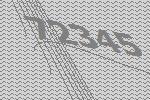
72345